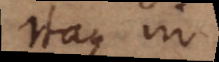
Itaque in